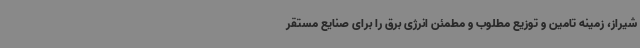
شیراز، زمینه تامین و توزیع مطلوب و مطمئن انرژی برق را برای صنایع مستقر